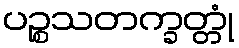
ပဉ္စသတက္ခတ္တုံ